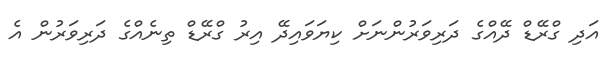
އަދި ގްރޭޑް ދޭއްގެ ދަރިވަރުންނަށް ކިޔަވައިދޭ އިރު ގްރޭޑް ތިނެއްގެ ދަރިވަރުން އެ